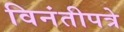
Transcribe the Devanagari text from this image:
विनंतीपत्रे